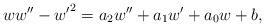
LaTeX: \begin{align*} ww'' - {w'}^2 = a_2 w''+a_1w' +a_0w + b,\end{align*}